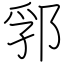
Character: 郛